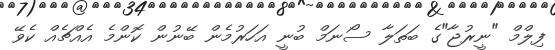
ފިލްމް "ނީރުޖާ"ގެ ބަތަލާ ސޯނަމް ބުނީ އަހަރުމެން ބޭނުން ކޮންމެ އެއްޗެއް ކެވޭ